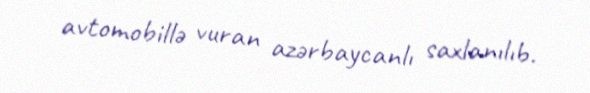
avtomobillə vuran azərbaycanlı saxlanılıb.